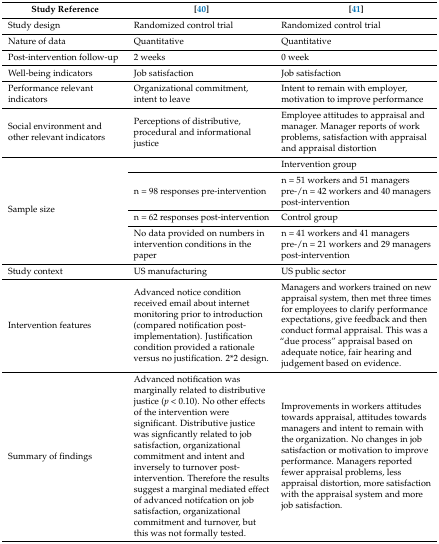
<table><thead><tr><td><b>Study Reference</b></td><td><b>[40]</b></td><td><b>[41]</b></td></tr></thead><tbody><tr><td>Study design</td><td>Randomized control trial</td><td>Randomized control trial</td></tr><tr><td>Nature of data</td><td>Quantitative</td><td>Quantitative</td></tr><tr><td>Post-intervention follow-up</td><td>2 weeks</td><td>0 week</td></tr><tr><td>Well-being indicators</td><td>Job satisfaction</td><td>Job satisfaction</td></tr><tr><td>Performance relevant indicators</td><td>Organizational commitment, intent to leave</td><td>Intent to remain with employer, motivation to improve performance</td></tr><tr><td>Social environment and other relevant indicators</td><td>Perceptions of distributive, procedural and informational justice</td><td>Employee attitudes to appraisal and manager. Manager reports of work problems, satisfaction with appraisal and appraisal distortion</td></tr><tr><td rowspan="4">Sample size</td><td></td><td>Intervention group</td></tr><tr><td>n = 98 responses pre-intervention</td><td>n = 51 workers and 51 managers pre-/n = 42 workers and 40 managers post-intervention</td></tr><tr><td>n = 62 responses post-intervention</td><td>Control group</td></tr><tr><td>No data provided on numbers in intervention conditions in the paper</td><td>n = 41 workers and 41 managers pre-/n = 21 workers and 29 managers post-intervention</td></tr><tr><td>Study context</td><td>US manufacturing</td><td>US public sector</td></tr><tr><td>Intervention features</td><td>Advanced notice condition received email about internet monitoring prior to introduction (compared notification post-implementation). Justification condition provided a rationale versus no justification. 2*2 design.</td><td>Managers and workers trained on new appraisal system, then met three times for employees to clarify performance expectations, give feedback and then conduct formal appraisal. This was a “due process” appraisal based on adequate notice, fair hearing and judgement based on evidence.</td></tr><tr><td>Summary of findings</td><td>Advanced notification was marginally related to distributive justice (<i>p</i> &lt; 0.10). No other effects of the intervention were significant. Distributive justice was signficantly related to job satisfaction, organizational commitment and intent and inversely to turnover post-intervention. Therefore the results suggest a marginal mediated effect of advanced notifcation on job satisfaction, organizational commitment and turnover, but this was not formally tested.</td><td>Improvements in workers attitudes towards appraisal, attitudes towards managers and intent to remain with the organization. No changes in job satisfaction or motivation to improve performance. Managers reported fewer appraisal problems, less appraisal distortion, more satisfaction with the appraisal system and more job satisfaction.</td></tr></tbody></table>